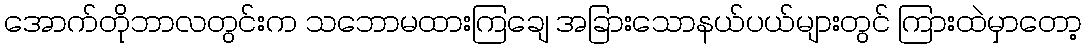
အောက်တိုဘာလတွင်းက သဘောမထားကြချေ အခြားသောနယ်ပယ်များတွင် ကြားထဲမှာတော့